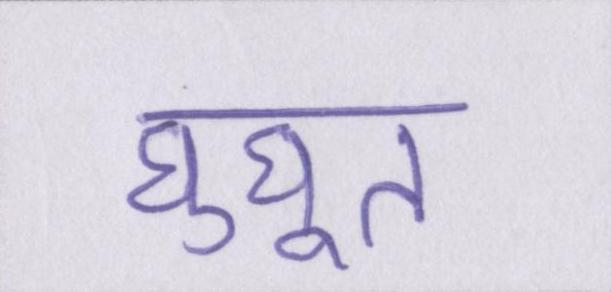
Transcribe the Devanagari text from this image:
घुघूत